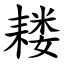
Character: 耧